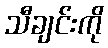
သီချင်းကို